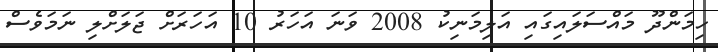
ހިމަންދޫ މައްސަލައިގައި އަލިމަނިކު 2008 ވަނަ އަހަރު 10 އަހަރަށް ޖަލަށްލި ނަމަވެސް